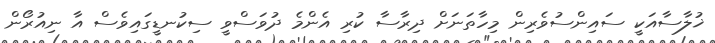
ޚުލާސާއަކީ ސައިންސުވެރިން މިހާތަނަށް ދިރާސާ ކުރި އެންމެ ދުވަސްވީ ސިކުނޑީގައިވެސް އާ ނިއުރޯން